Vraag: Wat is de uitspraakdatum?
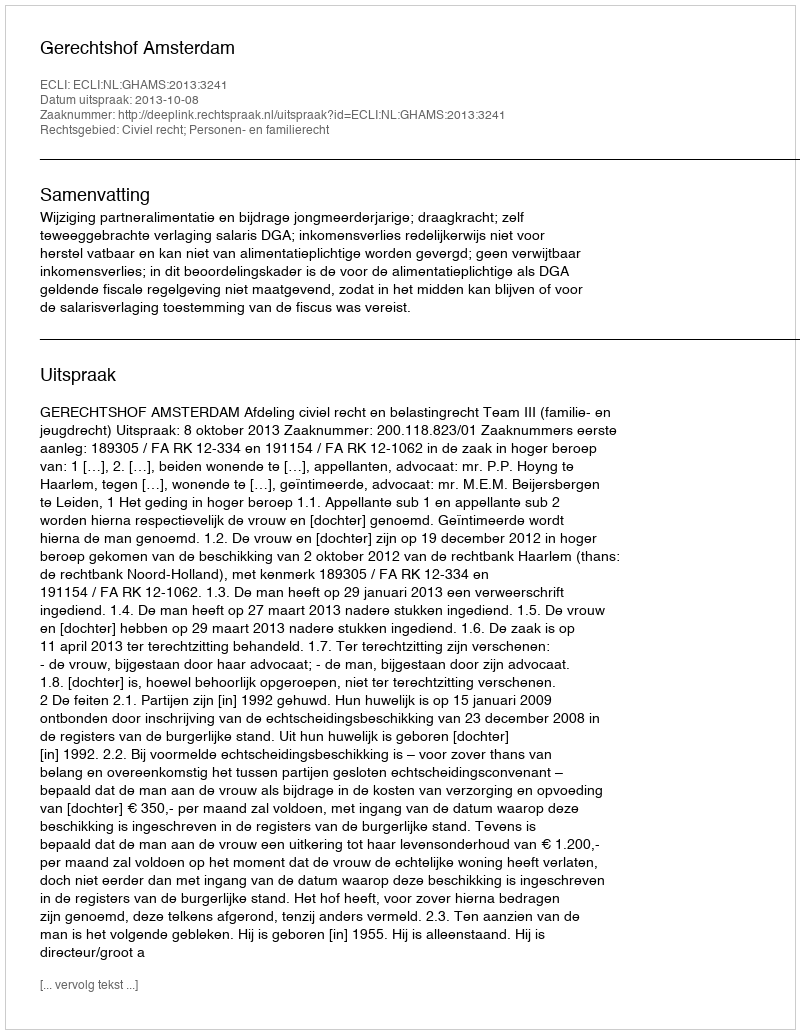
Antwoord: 2013-10-08